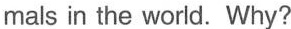
mals in the world. Why?